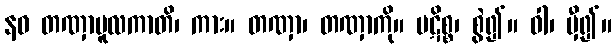
နဝ တဏှာမူလကာတိ၊ ကား။ တဏှာ၊ တဏှာကို။ ပဋိစ္စ၊ စွဲ၍။ ဝါ၊ မှီ၍။